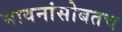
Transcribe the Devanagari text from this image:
भावनांसोबतच